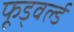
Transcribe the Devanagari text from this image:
फूड्वर्ल्ड